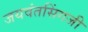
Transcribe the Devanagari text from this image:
जयवंतसिंगजी